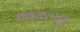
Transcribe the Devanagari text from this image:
शब्दकल्पद्रूम